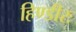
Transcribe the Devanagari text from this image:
हिण्डीरः